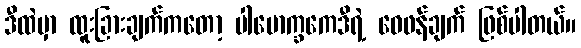
ဒီထဲမှာ ထူးခြားချက်ကတော့ ပါမောက္ခကေဒီရဲ့ ဝေဖန်ချက် ဖြစ်ပါတယ်။